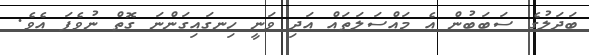
ބަދަލުގެ ސަބަބުން އެ މައްސަލަތައް އަދި ވަނީ ހިނގައިގަންނަ ގޮތް ނުވެފަ އެވެ.